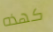
كهذه